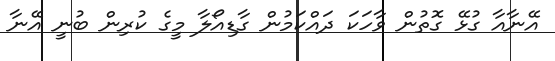
އޭނާއާ ގުޅޭ ގޮތުން ވާހަކަ ދައްކަމުން ގާޑިއޯލާ މީގެ ކުރިން ބުނީ އޭނާ